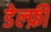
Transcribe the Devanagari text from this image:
डेल्फ़ी